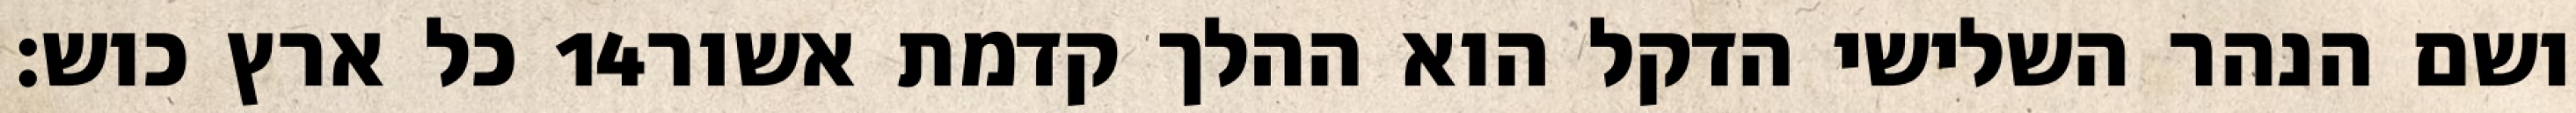
כל ארץ כוש׃ ‎14‏ ושם הנהר השלישי הדקל הוא ההלך קדמת אשור